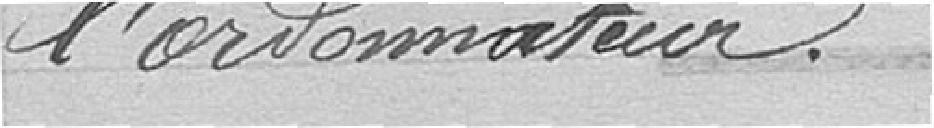
l'ordonnateur.